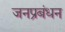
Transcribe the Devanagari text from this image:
जनप्रबंधन